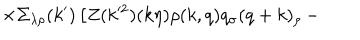
\times \Sigma _ { \lambda \rho } ( k ^ { \prime } ) \left[ Z ( k ^ { 2 } ) ( k \eta ) \rho ( k , q ) q _ { \sigma } ( q + k ) _ { \rho } \right. -